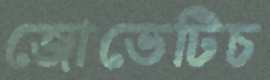
জোভেটিচ